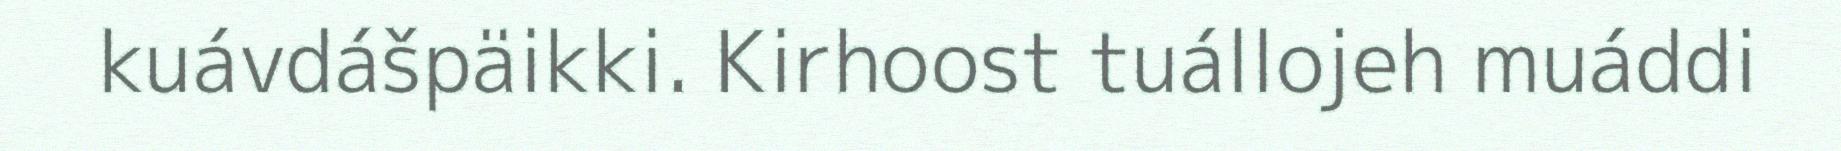
kuávdášpäikki. Kirhoost tuállojeh muáddi